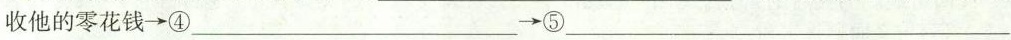
收他的零花钱\longrightarrow ④___\longrightarrow ⑤___